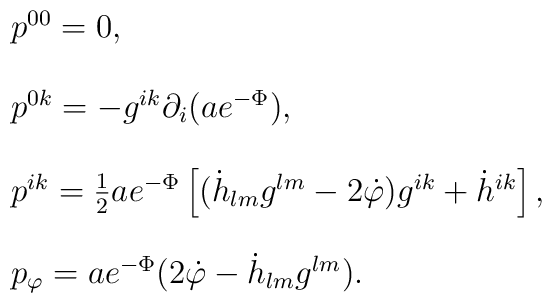
\begin{array}{l}p^{00}=0,\\[5mm]p^{0k}=-g^{ik}\partial_i (ae^{-\Phi}),\\[5mm]p^{ik}=\frac{1}{2} ae^{-\Phi}\left[(\dot{h}_{lm}g^{lm}-2\dot{\varphi})g^{ik}+\dot{h}^{ik} \right],\\[5mm]p_{\varphi} =ae^{-\Phi}(2\dot{\varphi}-\dot{h}_{lm}g^{lm}).\end{array}